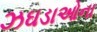
ઝઘડાઓના